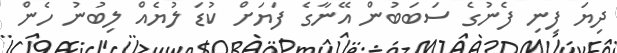
ދިޔަ ފިނި ފެނުގެ ސަބަބުން އޭނާގެ ފަޔަށް ކުޑަ ލުޔެއް ލިބުނު ހެން